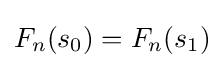
F_{n}(s_{0})=F_{n}(s_{1})